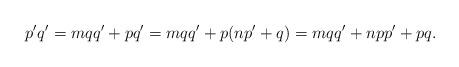
LaTeX: \begin{align*}p' q' = mqq' + pq' = mqq' + p(np' + q) = mqq' + npp' + pq.\end{align*}